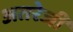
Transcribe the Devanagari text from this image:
अतरेजी